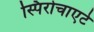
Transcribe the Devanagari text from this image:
स्पिरोचाएटे